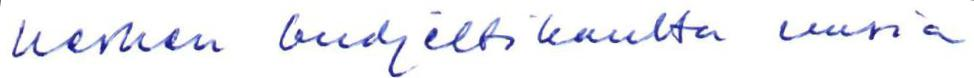
kesken budjettikautta uusia